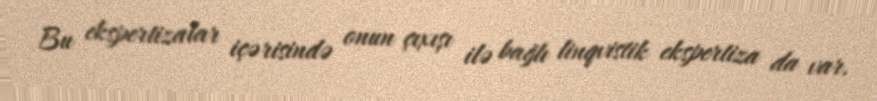
Bu ekspertizalar içərisində onun çıxışı ilə bağlı linqvistik ekspertiza da var.